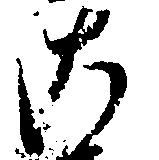
こ